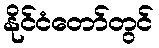
နိုင်ငံတော်တွင်